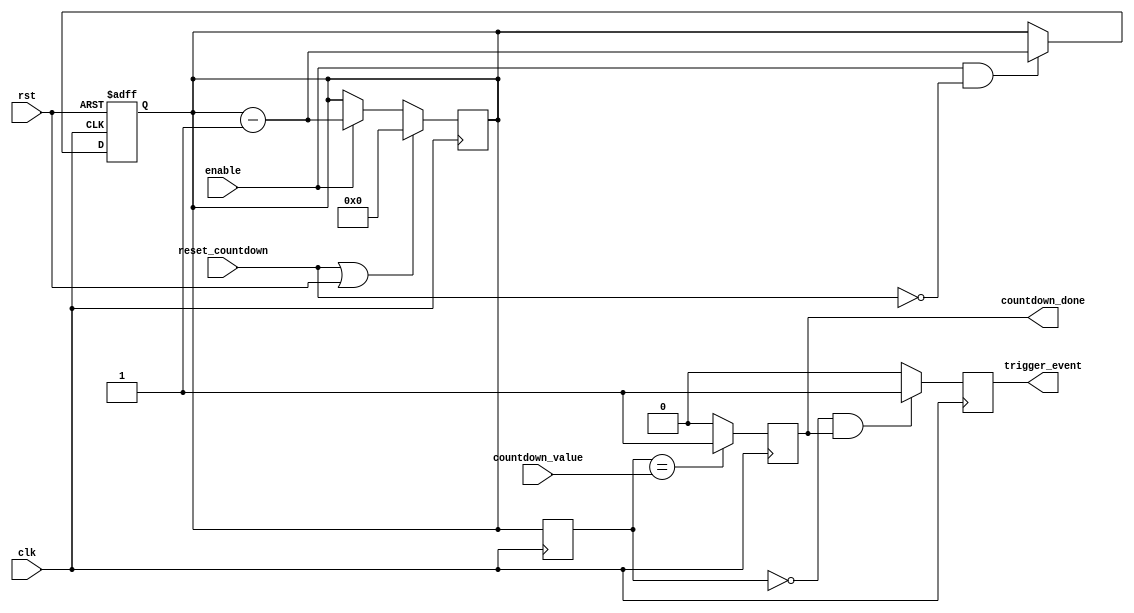
module countdown_timer(
    input wire clk,
    input wire rst,
    input wire enable,
    input wire reset_countdown,
    input wire [31:0] countdown_value,
    output reg countdown_done,
    output reg trigger_event
);
    
// Counter block for tracking remaining time
reg [31:0] countdown_timer;
always @(posedge clk or posedge rst) begin
    if (rst) begin
        countdown_timer <= 0;
    end else if (enable && !reset_countdown) begin
        countdown_timer <= countdown_timer - 1;
    end
end

// Comparator block for comparing current time with countdown value
reg [31:0] current_time;
always @(posedge clk) begin
    current_time <= countdown_timer;
    
    if (current_time == countdown_value) begin
        countdown_done <= 1;
    end else begin
        countdown_done <= 0;
    end
end

// Enable signal to start and stop the countdown
always @(posedge clk) begin
    if (reset_countdown || rst) begin
        countdown_timer <= 0;
    end else if (enable) begin
        countdown_timer <= countdown_timer - 1;
    end
end

// Synchronization block to ensure accurate countdown timing
reg [1:0] sync_count;
always @(posedge clk or posedge rst) begin
    if (rst) begin
        sync_count <= 0;
    end else begin
        sync_count <= sync_count + 1;
    end
end

// Trigger external events when countdown reaches zero
always @(posedge clk) begin
    if (current_time == 0 && countdown_done) begin
        trigger_event <= 1;
    end else begin
        trigger_event <= 0;
    end
end

endmodule